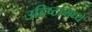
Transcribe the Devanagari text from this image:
उद्दिष्टांमध्ये